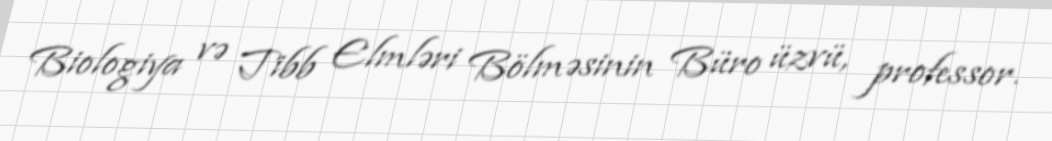
Biologiya və Tibb Elmləri Bölməsinin Büro üzvü, professor.